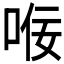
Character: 𫪢